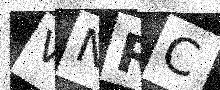
Text: VNRC